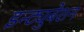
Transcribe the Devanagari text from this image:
इन्ट्युबेशन